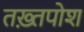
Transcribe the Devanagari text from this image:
तख़्तपोश